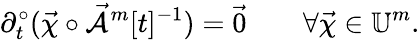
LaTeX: \partial_{t}^{\circ}(\vec{\chi}\circ\mathcal{\vec{A}}^{m}[t]^{-1})=\vec{0}\qquad\forall\vec{\chi}\in\mathbb{U}^{m}.